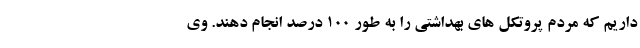
داریم که مردم پروتکل های بهداشتی را به طور ۱۰۰ درصد انجام دهند. وی